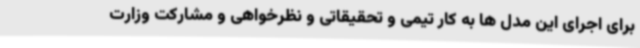
برای اجرای این مدل ها به کار تیمی و تحقیقاتی و نظرخواهی و مشارکت وزارت